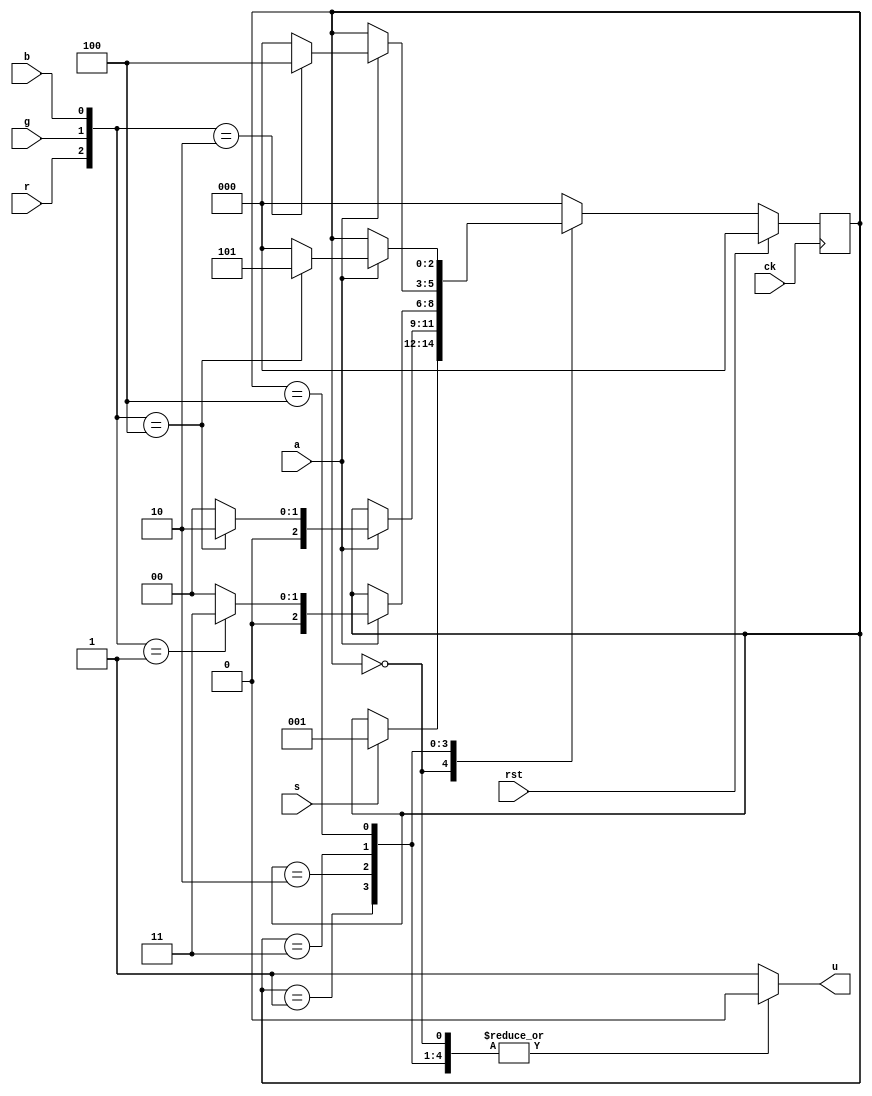
`timescale 1ns / 1ps
//////////////////////////////////////////////////////////////////////////////////
// Company: 
// Engineer: 
// 
// Design Name: 
// Module Name:    btn_decode 
// Project Name: 
// Target Devices: 
// Tool versions: 
// Description: 
//
// Dependencies: 
//
// Revision: 
// Revision 0.01 - File Created
// Additional Comments: 
//
//////////////////////////////////////////////////////////////////////////////////
module btn_decode(
    input s,
    input r,
    input g,
    input b,
    input a,
    input ck,
	input rst,
    output reg u
    );

	parameter Wait = 0, Start = 1, Red1 = 2, Blue = 3, Green = 4;
	parameter Red2 = 5;

	reg [2:0] state, next_state;

	// sequential logic
	always@(posedge ck) begin
		state <= next_state;
	end

	// combinational logic
	always@(s,r,g,b,a,state) begin
		// defaults
		next_state = state;
		u = 0;

		// regular logic
		case(state)
			Wait: begin
				if (s == 1) begin
					next_state = Start;
				end
			end
			Start: begin
				if (a == 1) begin
					case({r,g,b})
						3'b100: begin
							next_state = Red1;
						end
						default: begin
							next_state = Wait;
						end
					endcase
				end
			end
			Red1: begin
				if (a == 1) begin
					case({r,g,b})
						3'b001: begin
							next_state = Blue;
						end
						default: begin
							next_state = Wait;
						end
					endcase
				end
			end
			Blue: begin
				if (a == 1) begin
					case({r,g,b})
						3'b010: begin
							next_state = Green;
						end
						default: begin
							next_state = Wait;
						end
					endcase
				end
			end
			Green: begin
				if (a == 1) begin
					case({r,g,b})
						3'b100: begin
							next_state = Red2;
						end
						default: begin
							next_state = Wait;
						end
					endcase
				end
			end
			default: begin
				next_state = Wait;
				u = 1;
			end

		endcase

		// priority logic
		if (rst == 1) next_state = Wait;

	end	// end of always

endmodule